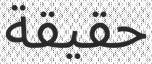
حقيقة